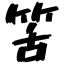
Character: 筈